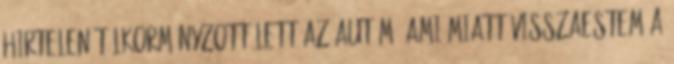
hirtelen túlkormányzott lett az autóm, ami miatt visszaestem a